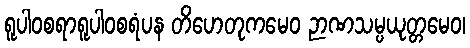
ရူပါဝစရာရူပါဝစရံပန တိဟေတုကမေဝ ဉာဏသမ္ပယုတ္တမေဝ၊